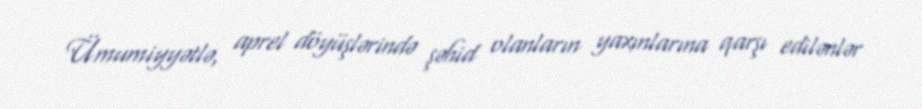
Ümumiyyətlə, aprel döyüşlərində şəhid olanların yaxınlarına qarşı edilənlər